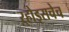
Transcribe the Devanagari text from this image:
ऱ्होड्सचेच